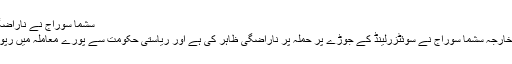
سشما سوراج نے ناراضگی کا اظہار کیا
دریں اثنا وزیر خارجہ سشما سوراج نے سوئٹزرلینڈ کے جوڑے پر حملہ پر ناراضگی ظاہر کی ہے اور ریاستی حکومت سے پورے معاملہ میں رپورٹ مانگی ہے۔